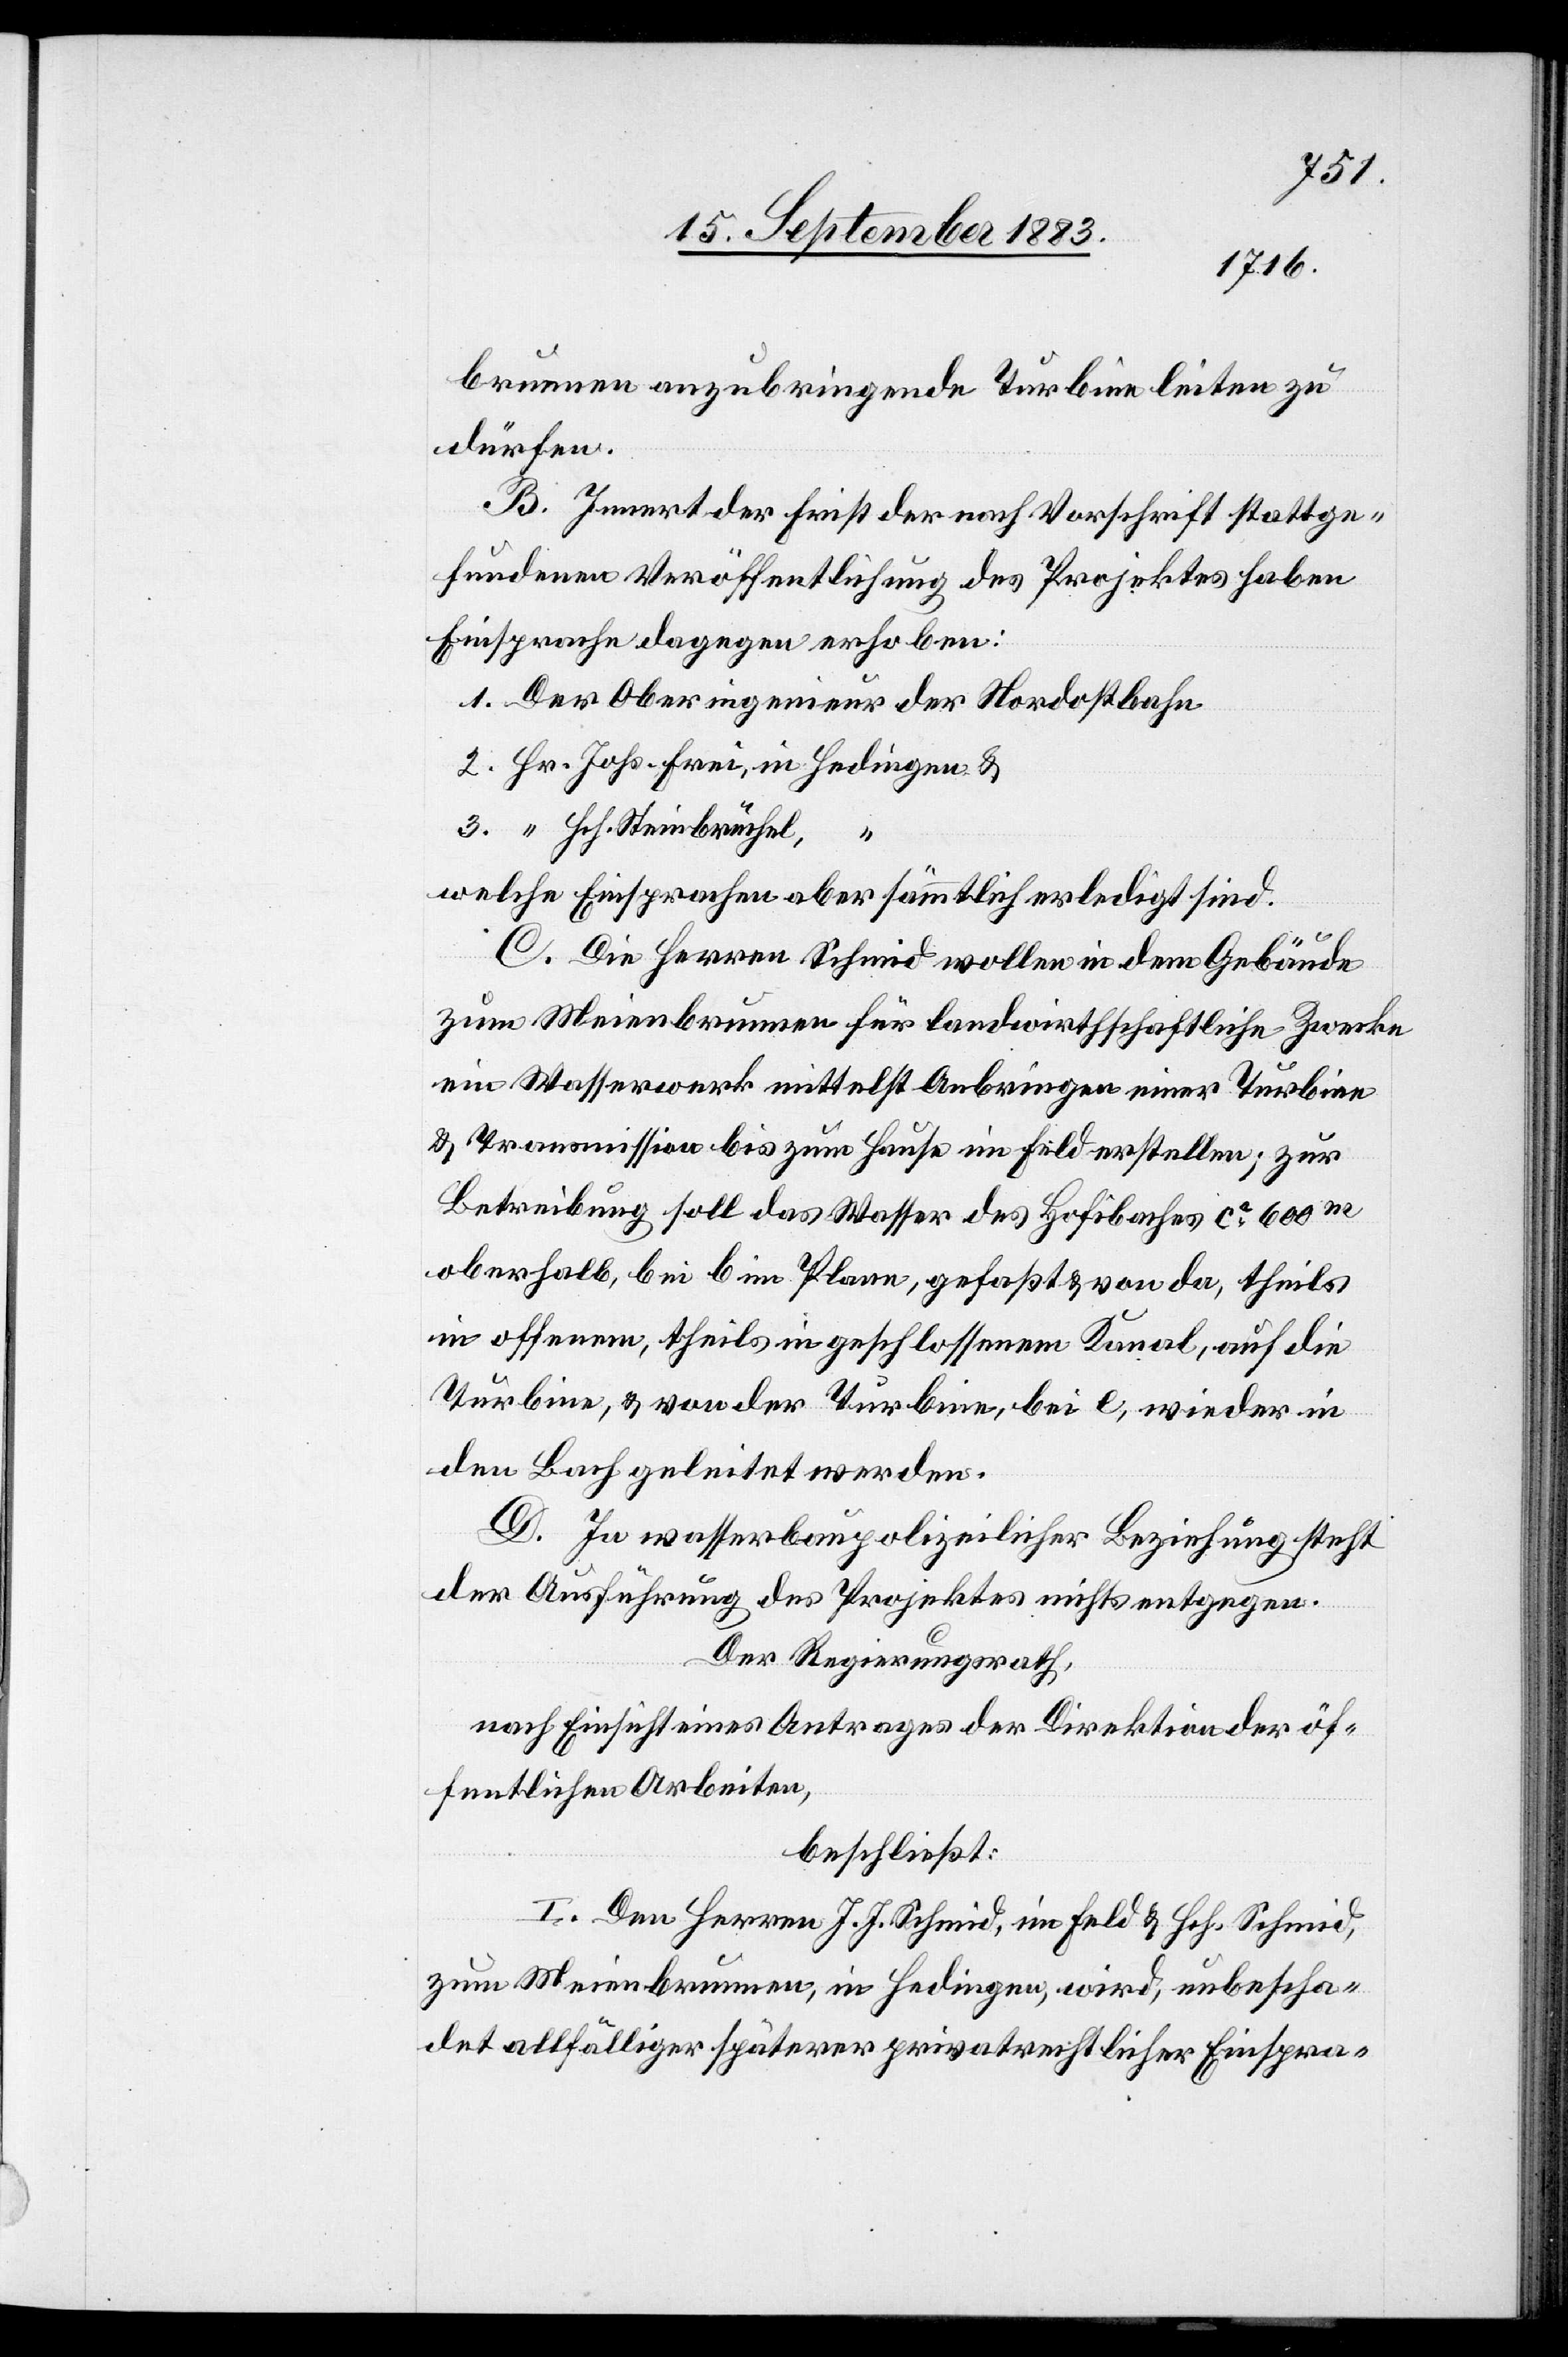
brunnen anzubringende Turbine leiten zu
dürfen.
B. Innert der Frist der nach Vorschrift stattge¬
fundenen Veröffentlichung des Projektes haben
Einsprache dagegen erhoben:
1. Der Oberingenieur der Nordostbahn
2. Hr. Johs. Frei, in Hedingen &
3. “ Hch. Steinbrühl,
welche Einsprachen aber sämmtlich erledigt sind.
C. Die Herren Schmid wollen in dem Gebäude
zum Meienbrunnen für landwirthschaftliche Zwecke
ein Wasserwerk mittelst Anbringen einer Turbine
& Transmission bis zum Hause im Feld erstellen; zur
Betreibung soll das Wasser des Hofibaches ca 600m
oberhalb, bei b im Plane gefaßt & von da, theils
in offenem, theils in geschlossenem Kanal, auf die
Turbine, & von der Turbine, bei e, wieder in
den Bach geleitet werden.
D. In wasserbaupolizeilicher Beziehung steht
der Ausführung des Projektes nichts entgegen.
Der Regierungsrath,
nach Einsicht eines Antrages der Direktion der öf¬
fentlichen Arbeiten,
beschließt:
I. Den Herren J. J. Schmid, im Feld & Hch. Schmid,
zum Meienbrunnen, in Hedingen, wird, unbescha¬
det allfälliger späterer privatrechtlicher Einspra-